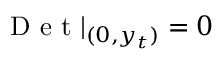
\mathrm { ~ D ~ e ~ t ~ } | _ { ( 0 , y _ { t } ) } = 0